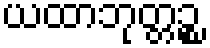
ယထာဘုတ္တဉ္စ